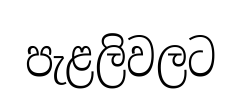
පැළලිවලට